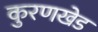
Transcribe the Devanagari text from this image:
कुरणखेड